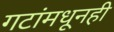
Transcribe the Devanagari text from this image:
गटांमधूनही